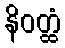
နိဝတ္ထံ